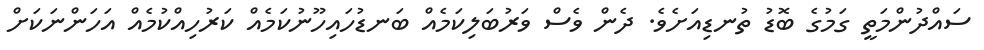
ސައްދުންމަތީ ގަމުގެ ބޮޑު ތުނޑިއަށެވެ. ދެން ވެސް ވަރުބަލިކަމެއް ބަނޑުހައިހޫނުކަމެއް ކަރުހިއްކުމެއް އަހަންނަކަށް